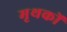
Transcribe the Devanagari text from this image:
मृथकों